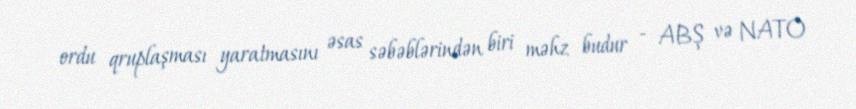
ordu qruplaşması yaratmasını əsas səbəblərindən biri məhz budur - ABŞ və NATO